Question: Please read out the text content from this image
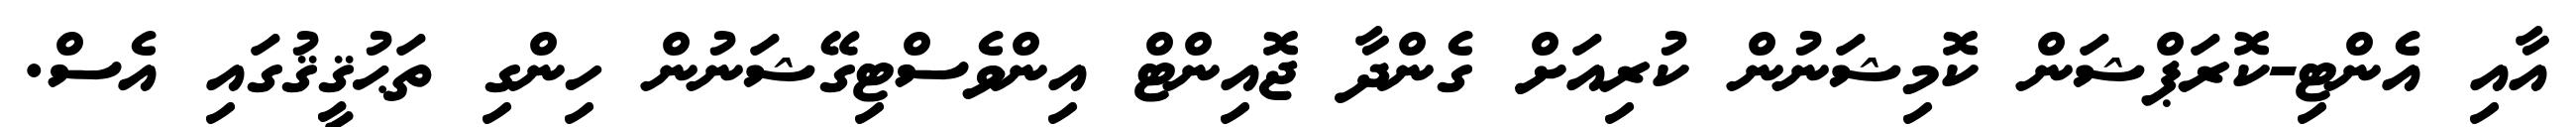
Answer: އާއި އެންޓި-ކޮރަޕްޝަން ކޮމިޝަނުން ކުރިއަށް ގެންދާ ޖޮއިންޓް އިންވެސްޓިގޭޝަނުން ހިންގި ތަޙުޤީޤުގައި އެސް.